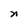
Character: n